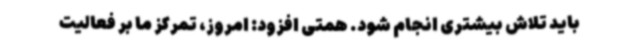
باید تلاش بیشتری انجام شود. همتی افزود: امروز، تمرکز ما بر فعالیت